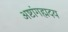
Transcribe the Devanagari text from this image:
अष्टांगह्मदय